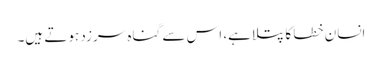
انسان خطا کا پتلا ہے، اس سے گناہ سرزد ہوتے ہیں۔